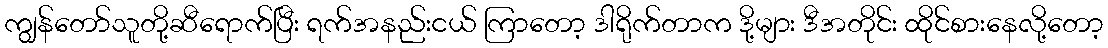
ကျွန်တော်သူတို့ဆီရောက်ပြီး ရက်အနည်းငယ် ကြာတော့ ဒါရိုက်တာက ဒို့များ ဒီအတိုင်း ထိုင်စားနေလို့တော့